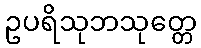
ဥပရိသုဘသုတ္တေ